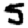
Digit: 5